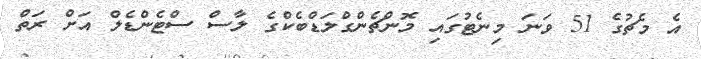
އެ މެޗުގެ 51 ވަނަ މިނެޓުގައި މޮންޗެންގްލަޑްބެކްގެ ލާސް ސްޓެންޑެލް އަށް ރަތް